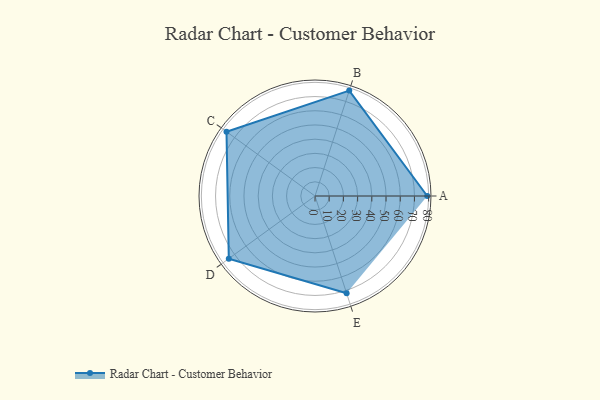
{"axis": {"x": "Skill", "y": "Score"}, "legend": ["Profile"], "data": [{"x": "A", "y": 79.0, "type": "Profile"}, {"x": "B", "y": 78.0, "type": "Profile"}, {"x": "C", "y": 77.0, "type": "Profile"}, {"x": "D", "y": 75.0, "type": "Profile"}, {"x": "E", "y": 72.0, "type": "Profile"}]}